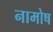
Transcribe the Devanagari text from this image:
नामोष